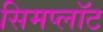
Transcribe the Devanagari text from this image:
सिमप्लॉट